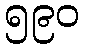
၅၉၀